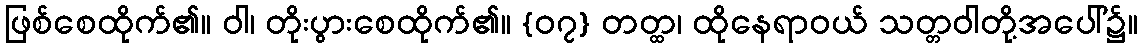
ဖြစ်စေထိုက်၏။ ဝါ၊ တိုးပွားစေထိုက်၏။ {၀၇} တတ္ထ၊ ထိုနေရာဝယ် သတ္တဝါတို့အပေါ်၌။